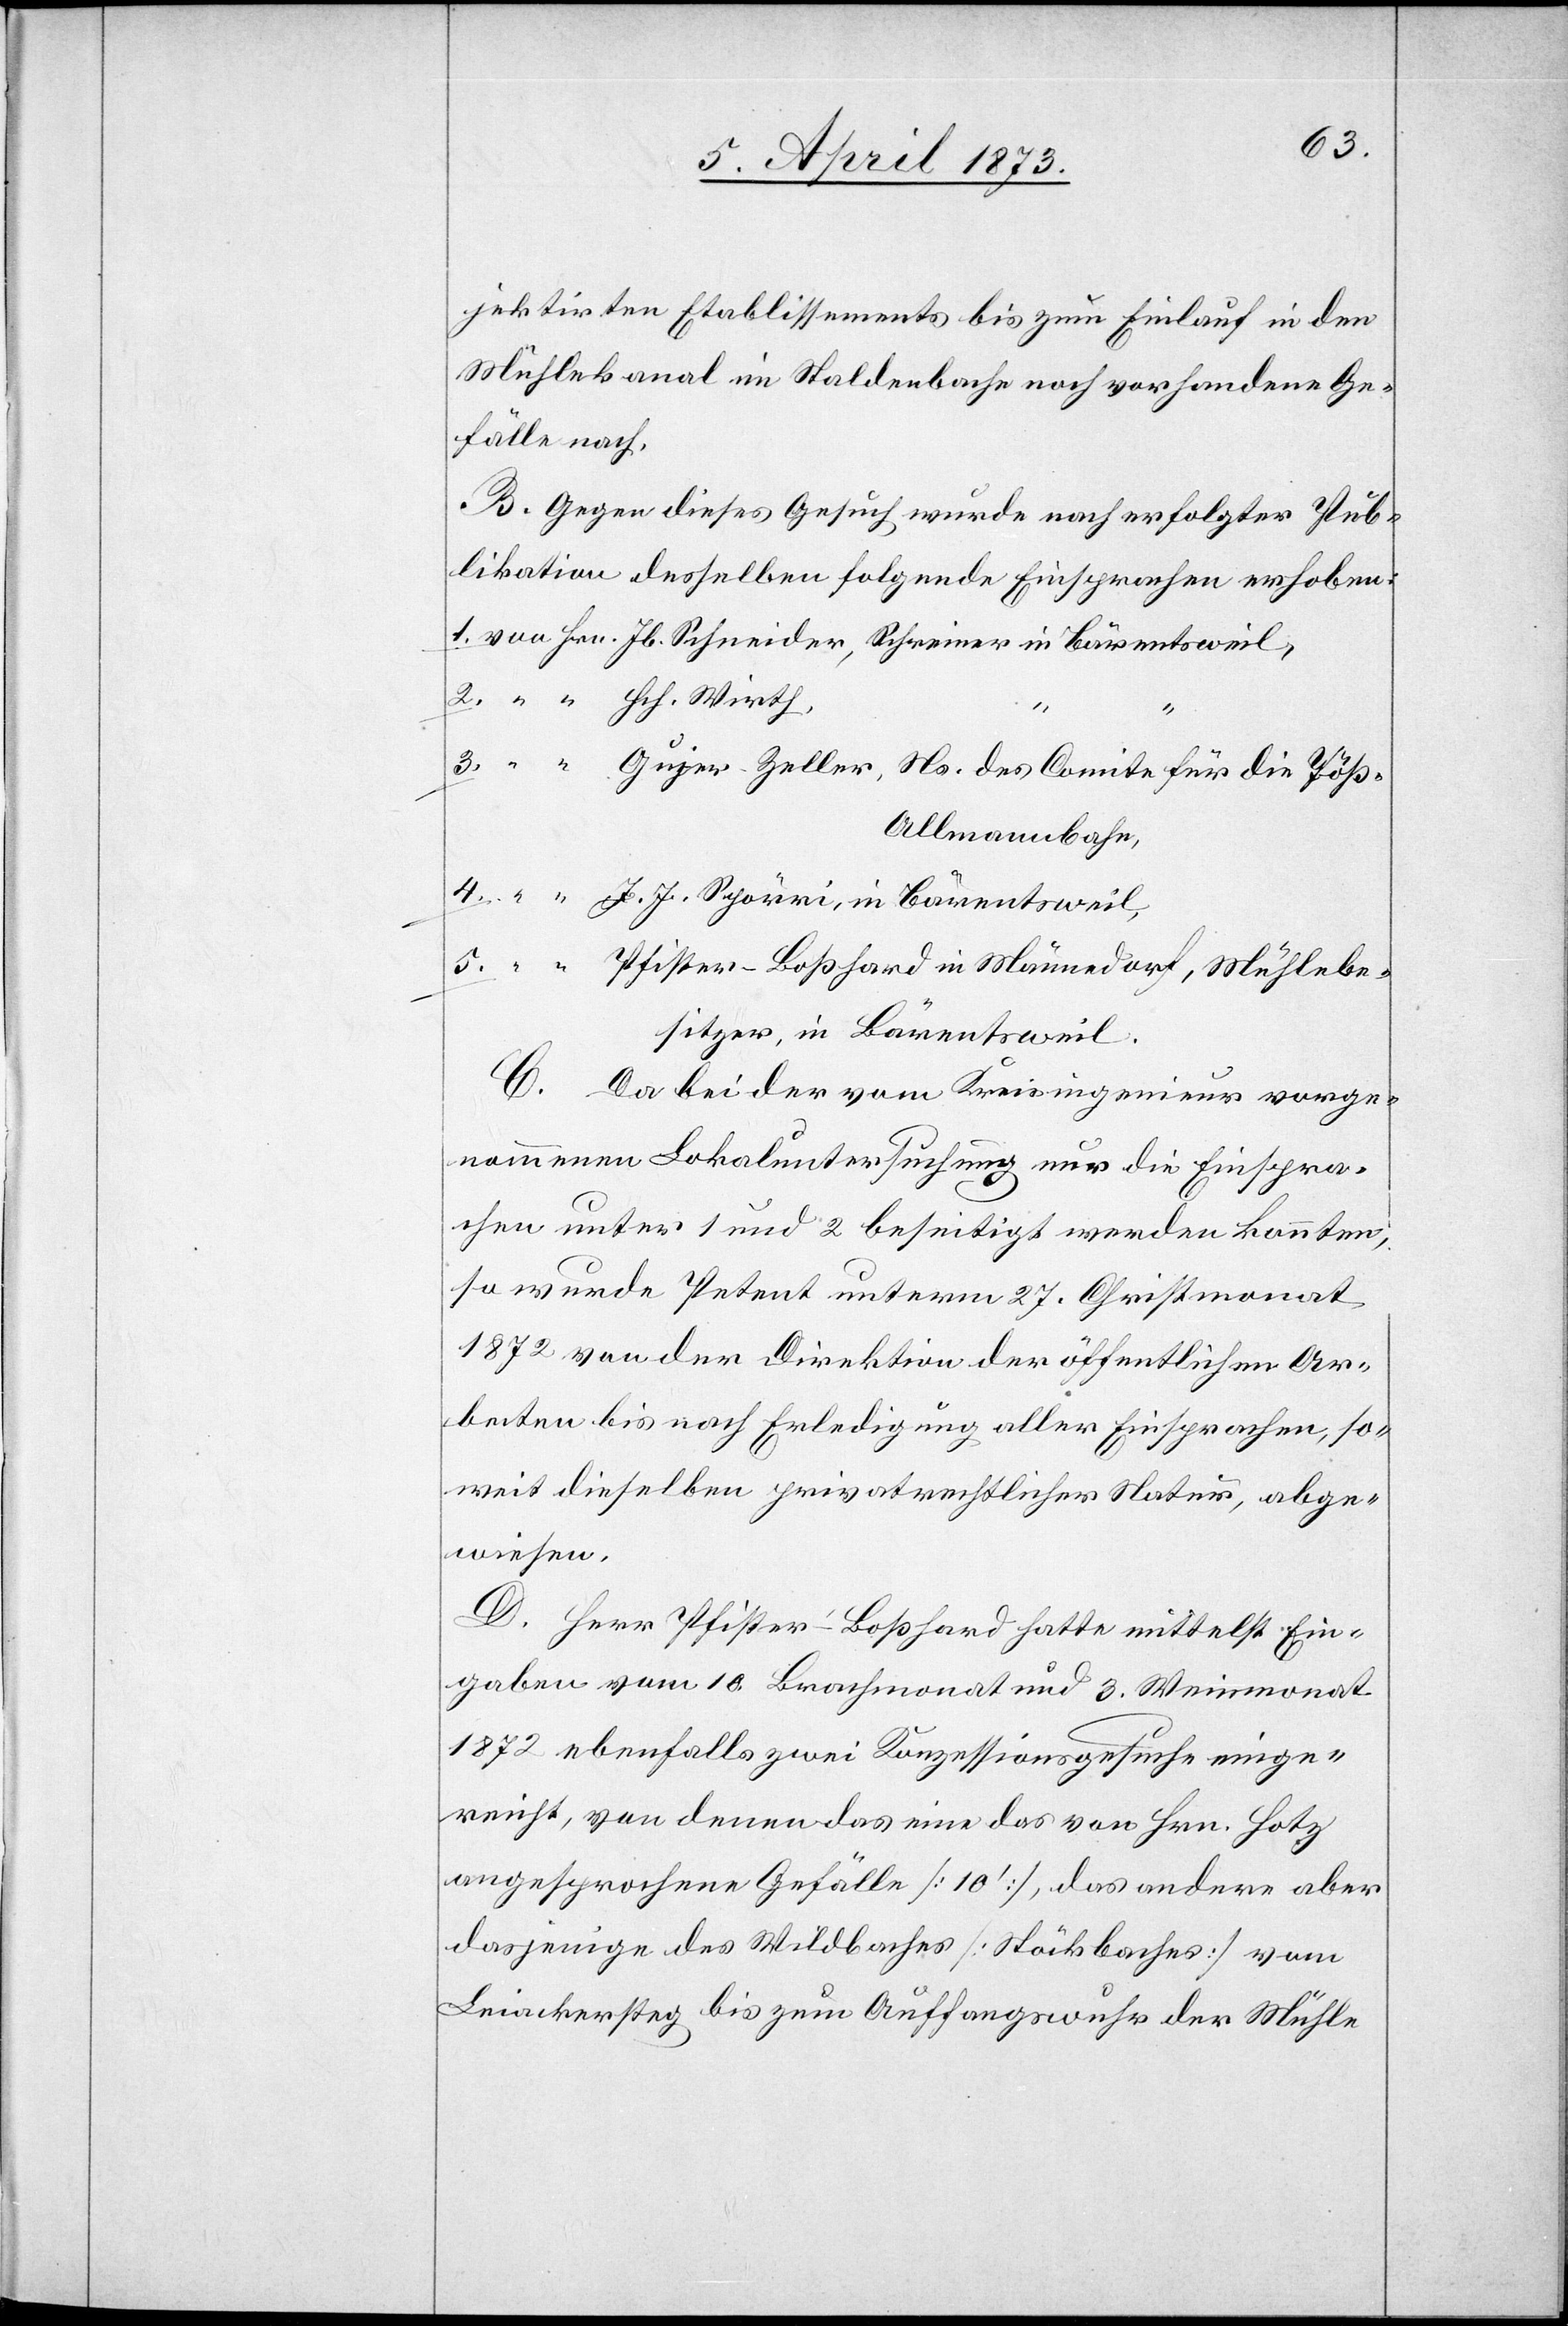
jektirten Etablissements bis zum Einlauf in den
Mühlekanal im Staldenbache noch vorhandene Ge¬
fälle nach.
B. Gegen dieses Gesuch wurde[n] nach erfolgter Pub¬
likation desselben folgende Einsprachen erhoben:
1. von Hr. Jb. Schneider, Schreiner in Bärentsweil,
2. “ “ Hch. Wirth,
3. “ “ Gujer-Zeller, Ns. des Comite für die Töß-A¬
llmannbahn,
4. “ “ J. J. Spörri, in Bärentsweil,
5. “ “ Pfister-Boßhard in Männedorf, Mühlebe¬
sitzer, in Bärentsweil.
C. Da bei der vom Kreisingenieur vorge¬
nommenen Lokaluntersuchung nur die Einspra¬
chen unter 1 und 2 beseitigt werden konnten,
so wurde Petent unterm 27. Christmonat
1872 von der Direktion der öffentlichen Ar¬
beiten bis nach Erledigung aller Einsprachen, so¬
weit dieselben privatrechtlicher Natur, abge¬
wiesen.
D. Herr Pfister-Boßhard hatte mittelst Ein¬
gaben vom 10. Brachmonat und 3. Weinmonat
1872 ebenfalls zwei Konzessionsgesuche einge¬
reicht, von denen das eine das von Hrn. Hotz
angesprochene Gefälle [10’], das andere aber
dasjenige des Wildbaches [Stöckbaches] vom
Leiachersteg bis zum Auffangswuhr der Mühle